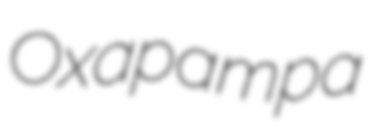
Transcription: Oxapampa